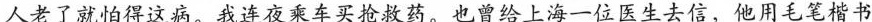
人老了就怕得这病。我连夜乘车买抢救药。也曾给上海一位医生去信，他用毛笔楷书